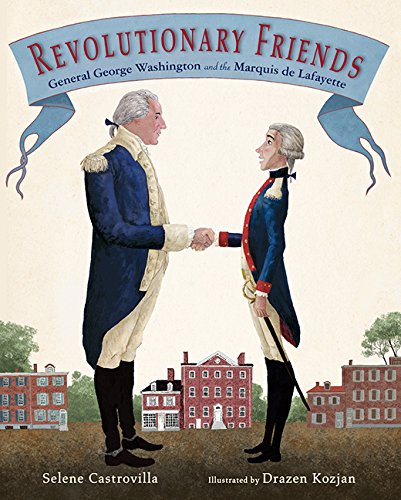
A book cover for Revolutionary Friends: General George Washington and the Marquis de Lafayette; Selene Castrovilla; Children's Books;